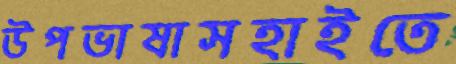
উপভাষাসহাইতে